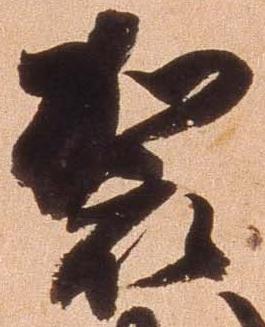
袈